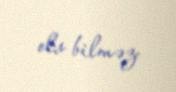
ola bilməz.